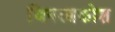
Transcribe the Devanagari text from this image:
जिनरत्नकोश